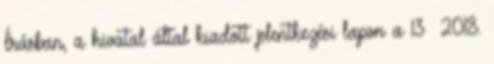
Írásban, a hivatal által kiadott jelentkezési lapon a 13 2018.